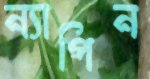
ন্যাপিন